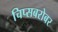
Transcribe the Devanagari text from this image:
चिप्सबरोबर